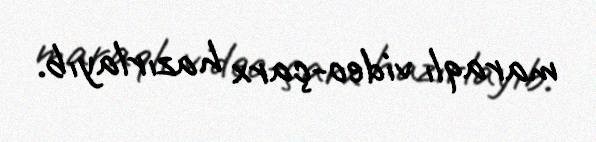
maraqlı video-çarx hazırlayıb.